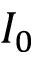
I _ { 0 }